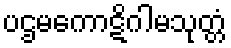
ပဌမကောဋိဂါမသုတ္တံ